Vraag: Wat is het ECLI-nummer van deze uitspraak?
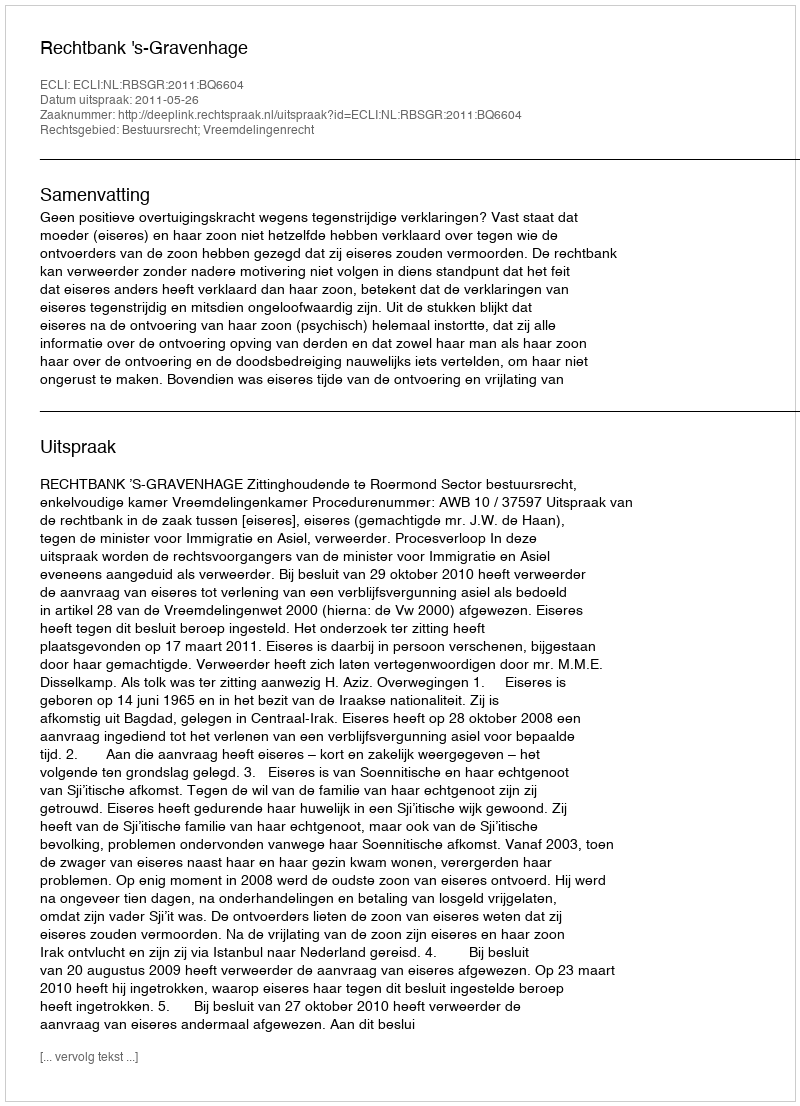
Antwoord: ECLI:NL:RBSGR:2011:BQ6604